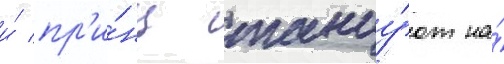
и́ пр'и́нц танцу́ют на́